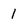
Character: 1